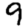
Digit: 9